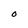
Character: O